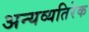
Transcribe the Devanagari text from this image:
अन्यव्यतिरेक